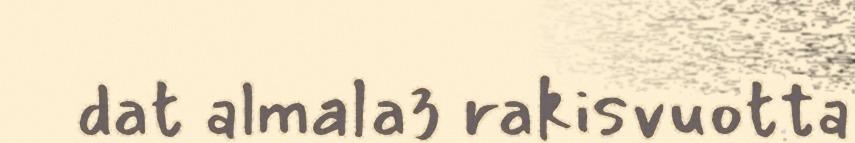
dat almala3 rakisvuotta